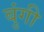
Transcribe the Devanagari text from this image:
बुंगी